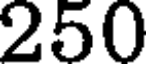
250